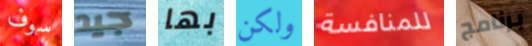
سوف جيد بها ولكن للمنافسة برنامج